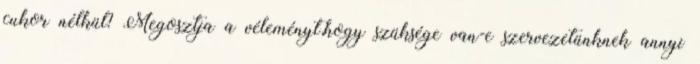
cukor nélkül? Megosztja a véleményt,hogy szüksége van-e szervezetünknek annyi